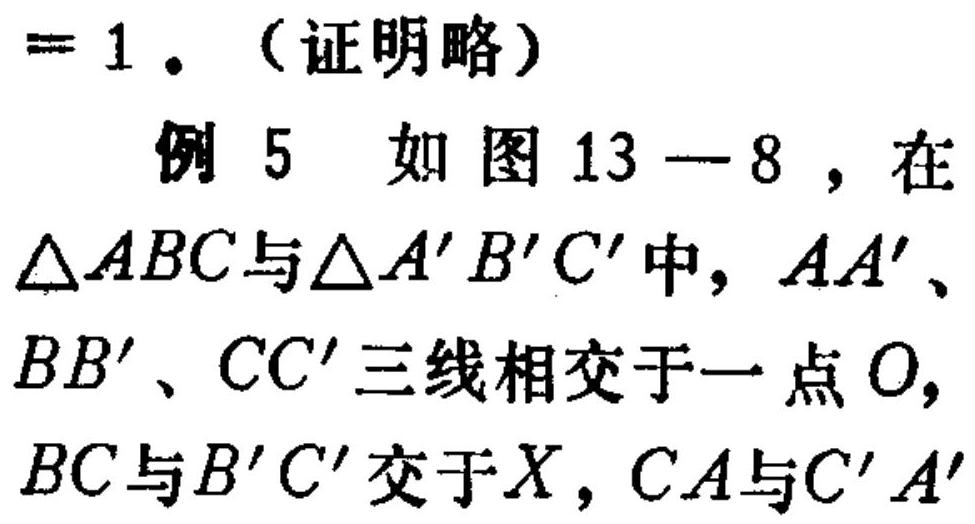
\(= 1\)。（证明略）
例5 如图13—8，在\(\triangle ABC\)与\(\triangle A'B'C'\)中，\(AA'\)、\(BB'\)、\(CC'\)三线相交于一点\(O\)，\(BC\)与\(B'C'\)交于\(X\)，\(CA\)与\(C'A'\)